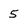
Character: 5